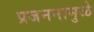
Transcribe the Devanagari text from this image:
प्रजननामुळे